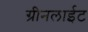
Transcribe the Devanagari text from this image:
ग्रीनलाईट